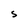
Character: S